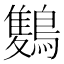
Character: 𪅥